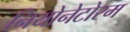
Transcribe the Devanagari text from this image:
नियोनेटोरम